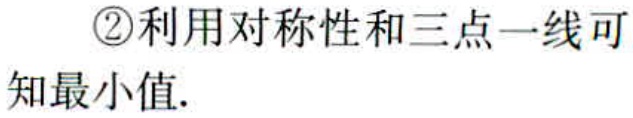
\textcircled{2}利用对称性和三点一线可\\知最小值.